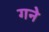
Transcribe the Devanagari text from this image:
गने